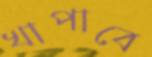
খাপাবে